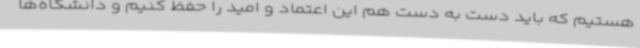
هستیم که باید دست به دست هم این اعتماد و امید را حفظ کنیم و دانشگاه‌ها